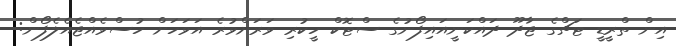
އިން ތްރީޑީ ޓަޗްގެ ޖާދޫ ދައްކަނީއައިފޯނުގެ ސްޓޮކް ހީކުރި ވަރަށްވުރެ އަވަހަށް ހުސްވެއްޖެއެލެފޯން: